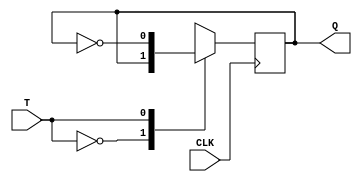
`timescale 1ns / 1ps
//////////////////////////////////////////////////////////////////////////////////
// Company: 
// Engineer:  
// 
// Revision:
// Revision 0.01 - File Created
// Additional Comments:
// 
//////////////////////////////////////////////////////////////////////////////////
module TF(Q,T,CLK);
input T,CLK;
output reg Q;
initial Q=1'b0;
always @(negedge CLK)
    case(T)
    0: Q = Q;
    1: Q = ~Q;
  endcase
endmodule

module sub_ckt3(out,in);
input [3:1]in;
output out;
wire x,y;
and(x,in[1],in[2]);
and(y,~in[2],in[3]);
or(out,x,y);
endmodule

module up_down_counter_gm(Q,clk,m);
input clk,m;
output [3:1]Q;
wire [4:1]k;
wire [2:1]q;
and k1(k[1],~m,Q[1]), k2(k[2],m,~Q[1]), 
    k3(k[3],Q[2],k[1]),k4(k[4],k[2],~Q[2]);
or q1(q[1],k[1],k[2]), q2(q[2],k[3],k[4]);

TF ta (Q[1],1'b1,clk),
   tb (Q[2],q[1],clk),
   tc (Q[3],q[2],clk);
endmodule